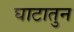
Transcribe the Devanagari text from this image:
घाटातुन